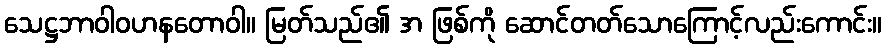
သေဋ္ဌဘာဝါဝဟနတောဝါ။ မြတ်သည်၏ အ ဖြစ်ကို ဆောင်တတ်သောကြောင့်လည်းကောင်း။